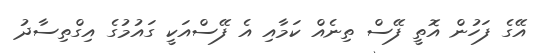
އޭގެ ފަހުން އޮތީ ފޭސް ތިނެއް ކަމާއި އެ ފޭސްއަކީ ގައުމުގެ އިގްތިސާދު